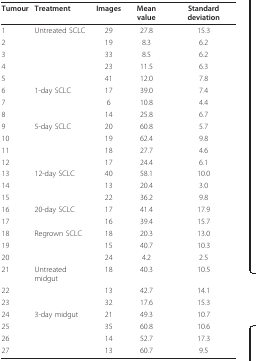
| Tumour | Treatment | Images | Mean value | Standard deviation |
 | --- | --- | --- | --- | --- |
 | 1 | Untreated SCLC | 29 | 27.8 | 15.3 |
 | 2 |  | 19 | 8.3 | 6.2 |
 | 3 |  | 33 | 8.5 | 6.2 |
 | 4 |  | 23 | 11.5 | 6.3 |
 | 5 |  | 41 | 12.0 | 7.8 |
 | 6 | 1-day SCLC | 17 | 39.0 | 7.4 |
 | 7 |  | 6 | 10.8 | 4.4 |
 | 8 |  | 14 | 25.8 | 6.7 |
 | 9 | 5-day SCLC | 20 | 60.8 | 5.7 |
 | 10 |  | 19 | 62.4 | 9.8 |
 | 11 |  | 18 | 27.7 | 4.6 |
 | 12 |  | 17 | 24.4 | 6.1 |
 | 13 | 12-day SCLC | 40 | 58.1 | 10.0 |
 | 14 |  | 13 | 20.4 | 3.0 |
 | 15 |  | 22 | 36.2 | 9.8 |
 | 16 | 20-day SCLC | 17 | 41.4 | 17.9 |
 | 17 |  | 16 | 39.4 | 15.7 |
 | 18 | Regrown SCLC | 18 | 20.3 | 13.0 |
 | 19 |  | 15 | 40.7 | 10.3 |
 | 20 |  | 24 | 4.2 | 2.5 |
 | 21 | Untreated midgut | 18 | 40.3 | 10.5 |
 | 22 |  | 13 | 42.7 | 14.1 |
 | 23 |  | 32 | 17.6 | 15.3 |
 | 24 | 3-day midgut | 21 | 49.3 | 10.7 |
 | 25 |  | 35 | 60.8 | 10.6 |
 | 26 |  | 14 | 52.7 | 17.3 |
 | 27 |  | 13 | 60.7 | 9.5 |